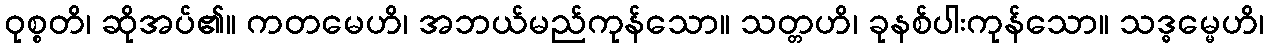
ဝုစ္စတိ၊ ဆိုအပ်၏။ ကတမေဟိ၊ အဘယ်မည်ကုန်သော။ သတ္တဟိ၊ ခုနစ်ပါးကုန်သော။ သဒ္ဓမ္မေဟိ၊